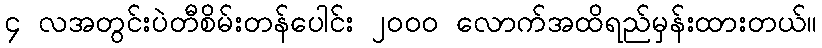
၄ လအတွင်းပဲတီစိမ်းတန်ပေါင်း ၂၀၀၀ လောက်အထိရည်မှန်းထားတယ်။